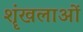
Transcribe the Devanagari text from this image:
शॄंखलाओं